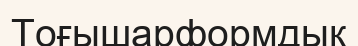
Тоғышарформдық